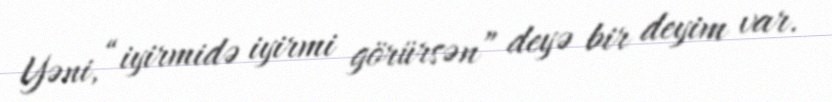
Yəni, “iyirmidə iyirmi görürsən” deyə bir deyim var.